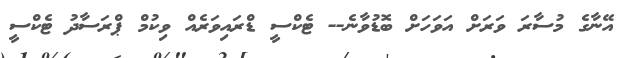
އޭނާގެ މުސާރަ ވަރަށް އަވަހަށް ބޮޑުވާނެ-- ޓެކްސީ ޑްރައިވަރެއް ވިކުމް ޕްރަސާދު ޓެކްސީ